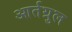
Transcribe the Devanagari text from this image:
आर्तग्रुल